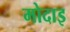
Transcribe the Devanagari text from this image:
मोदाइ